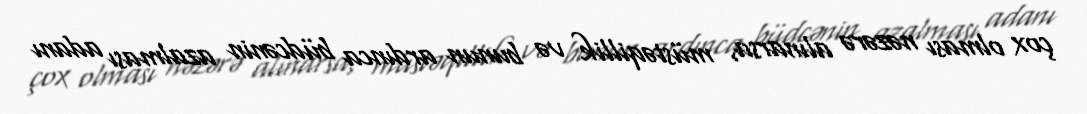
çox olması nəzərə alınarsa, müstəqillik və bunun ardınca büdcənin azalması adanı